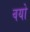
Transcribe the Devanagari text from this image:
वयो